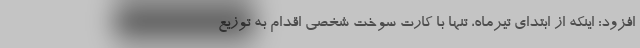
افزود: اینکه از ابتدای تیرماه، تنها با کارت سوخت شخصی اقدام به توزیع